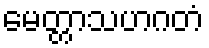
မေတ္တာသဟဂတံ